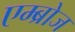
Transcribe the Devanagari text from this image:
एम्ब्रोज